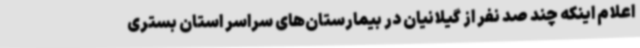
اعلام اینکه چند صد نفر از گیلانیان در بیمارستان‌های سراسر استان بستری